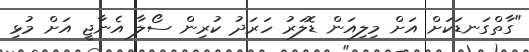
"ގާތްގަނޑަކަށް އަށް މިލިއަން ޑޮލަރު ހަރަދު ކުރިން ސޯލާ އެނާޖީ އަށް މުޅި